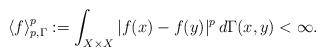
LaTeX: \begin{align*} \langle f\rangle_{p,\Gamma}^p:=\int_{X\times X}|f(x)-f(y)|^p\, d\Gamma(x,y)<\infty.\end{align*}